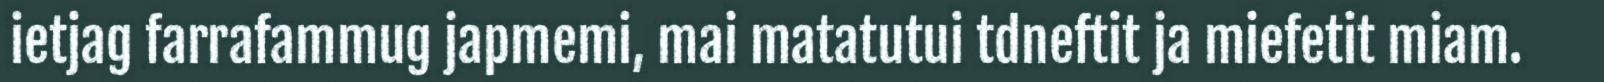
ietjag farrafammug japmemi, mai matatutui tdneftit ja miefetit miam.